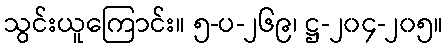
သွင်းယူကြောင်း။ ၅-ပ-၂၆၉၊ ဋ္ဌ-၂၀၄-၂၀၅။